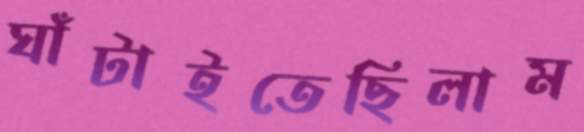
ঘাঁটাইতেছিলাম